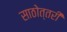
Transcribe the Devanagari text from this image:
साठोत्‍तरी